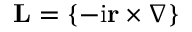
{ \bf { L } } = \left\{ - \mathrm { i } { \bf r } \times \boldsymbol { \nabla } \right\}